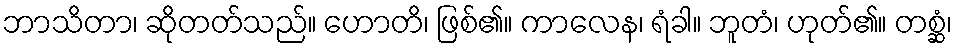
ဘာသိတာ၊ ဆိုတတ်သည်။ ဟောတိ၊ ဖြစ်၏။ ကာလေန၊ ရံခါ။ ဘူတံ၊ ဟုတ်၏။ တစ္ဆံ၊